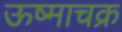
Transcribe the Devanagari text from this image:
ऊष्माचक्र